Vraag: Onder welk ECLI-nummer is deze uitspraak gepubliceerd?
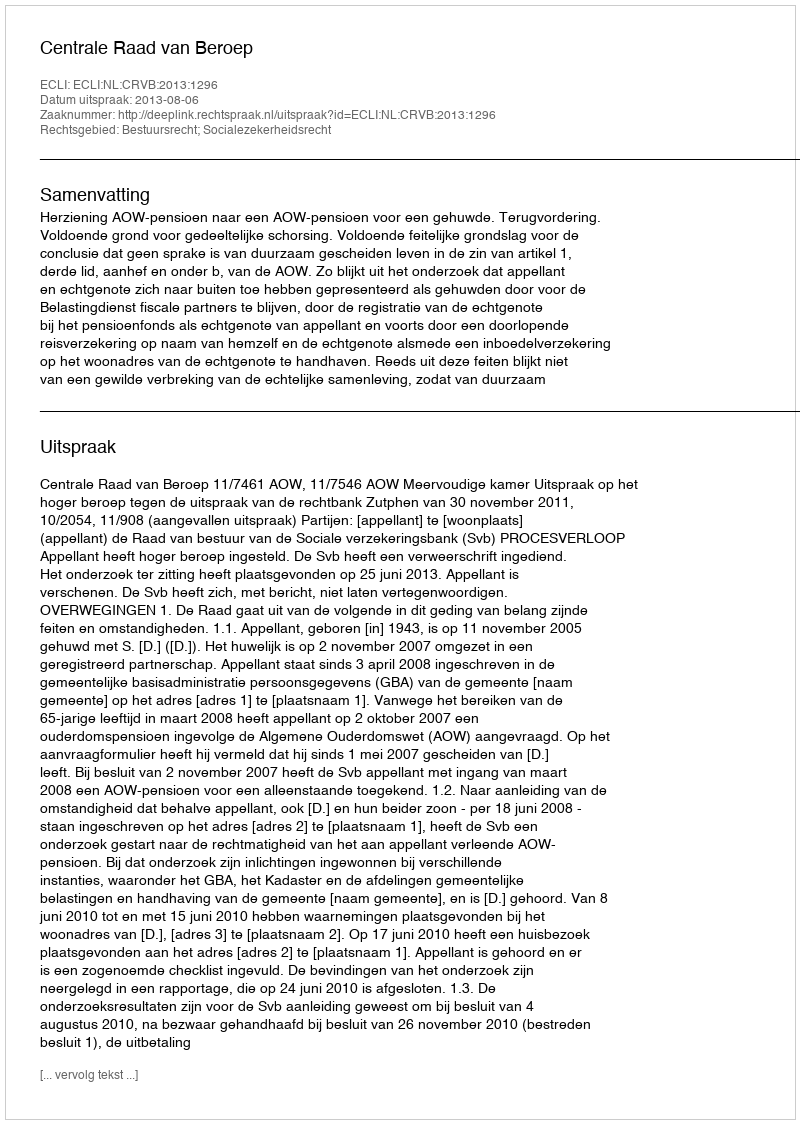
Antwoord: ECLI:NL:CRVB:2013:1296